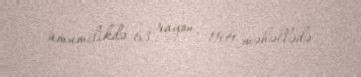
ümumilikdə 63 rayon, 1169 məhəllədə.